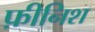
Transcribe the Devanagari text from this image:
फ़ीनिश